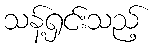
သန့်ရှင်းသည့်